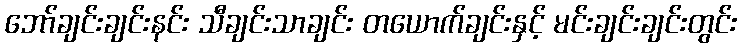
ဘော်ချင်းချင်းနင်း သီချင်းသာချင်း တယောက်ချင်းနှင့် မင်းချင်းချင်းတွင်း